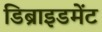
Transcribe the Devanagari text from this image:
डिब्राइडमेंट